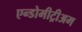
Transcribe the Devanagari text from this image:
एन्डोमीट्रीअम